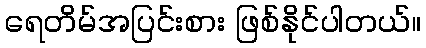
ရေတိမ်အပြင်းစား ဖြစ်နိုင်ပါတယ်။